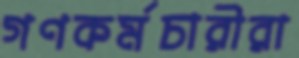
গণকর্মচারীরা